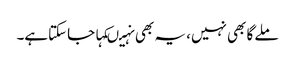
ملے گا بھی نہیں، یہ بھی نہیںکہا جاسکتاہے۔